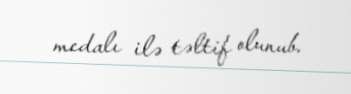
medalı ilə təltif olunub.